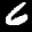
Label: 6